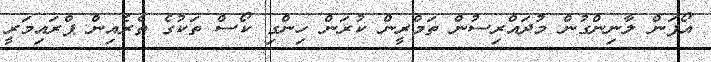
އޯޕަން ލާނިންގުން މުދައްރިސުން ތަމްރީން ކުރަން ހިންގި ކޯސް ތަކުގެ ތެރެއިން ޕްރައިމަރީ